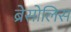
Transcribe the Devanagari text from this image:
ब्रेसोलिस